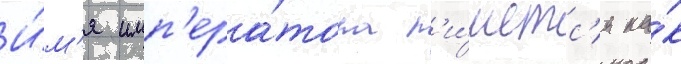
И́м'я имп'ера́тора п'и́шетс'я ка́к